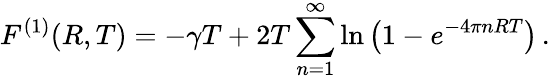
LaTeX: F^{(1)}(R,T)=-\gamma T+2T\sum_{n=1}^{\infty}\ln\left(1-e^{-4\pi nRT}\right)\, {.}